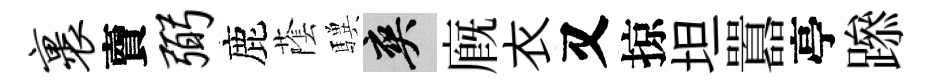
裹𧶠弼鹿䕃驥爽廐衣又掠坦囂亭𨅶